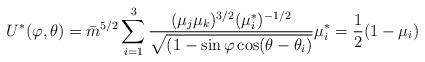
LaTeX: \begin{align*}U^{\ast}(\varphi,\theta)=\bar{m}^{5/2}\sum_{i=1}^{3}\frac{(\mu_{j}\mu_{k})^{3/2}(\mu_{i}^{\ast})^{-1/2}}{\sqrt{(1-\sin\varphi\cos(\theta-\theta_{i})}}\mu_{i}^{\ast}=\frac{1}{2}(1-\mu_{i}) \end{align*}